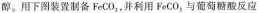
醇。用下图装置制备FeCO_{3}，并利用FeCO_{3}，与葡萄糖酸反应